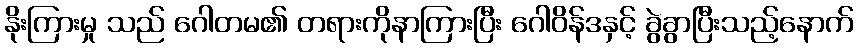
နိုးကြားမှု သည် ဂေါတမ၏ တရားကိုနာကြားပြီး ဂေါဝိန်ဒနှင့် ခွဲခွာပြီးသည့်နောက်